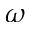
\omega